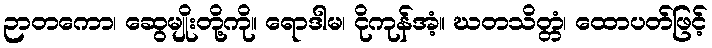
ဉာတကော၊ ဆွေမျိုးတို့ကို။ ရောဒါမ၊ ငိုကုန်အံ့။ ဃတသိတ္တံ၊ ထောပတ်ဖြင့်